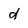
Character: d